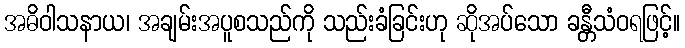
အဓိဝါသနာယ၊ အချမ်းအပူစသည်ကို သည်းခံခြင်းဟု ဆိုအပ်သော ခန္တီသံဝရဖြင့်။